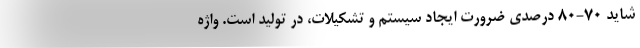
شاید 70-80 درصدی ضرورتِ ایجاد سیستم و تشکیلات، در تولید است. واژه